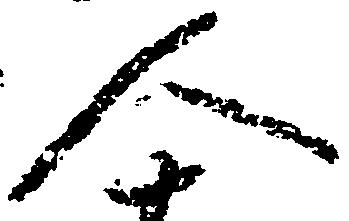
人